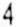
4